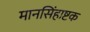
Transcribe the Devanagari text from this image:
मानसिंहाष्टक